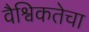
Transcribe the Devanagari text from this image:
वैश्विकतेचा